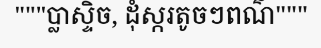
"""ប្លាស្ទិច, ដុំស្ករតូចៗពណ៌"""